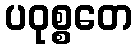
ပဝုစ္စတေ